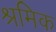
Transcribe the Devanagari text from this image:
श्रमिक